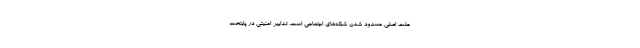
علت اصلی مسدود شدن شبکه‌های اجتماعی است. تدابیر امنیتی در پایتخت